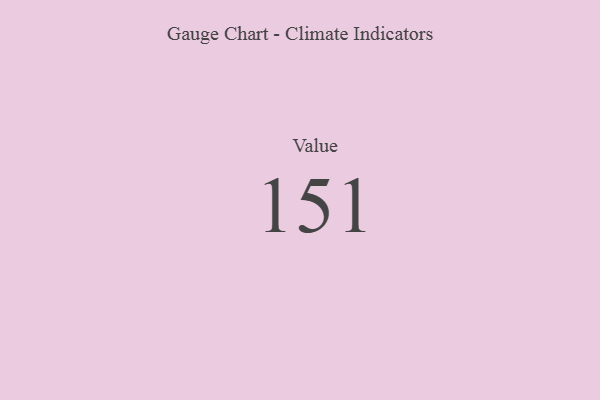
{"axis": {"x": "Metric", "y": "Value"}, "legend": [""], "data": [{"x": "Value", "y": 151, "type": ""}]}